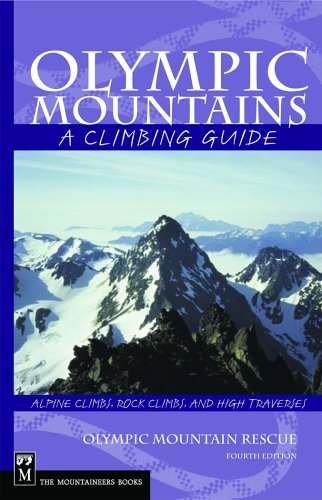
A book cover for Olympic Mountains: A Climbing Guide (Climbing Guide) 4th Edition; Olympic Mountain Recue; Travel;